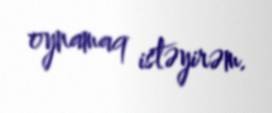
oynamaq istəyirəm.